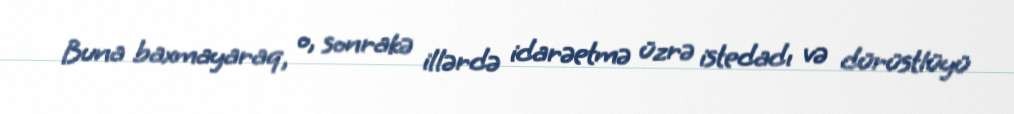
Buna baxmayaraq, o, sonrakə illərdə idarəetmə üzrə istedadı və dürüstlüyü